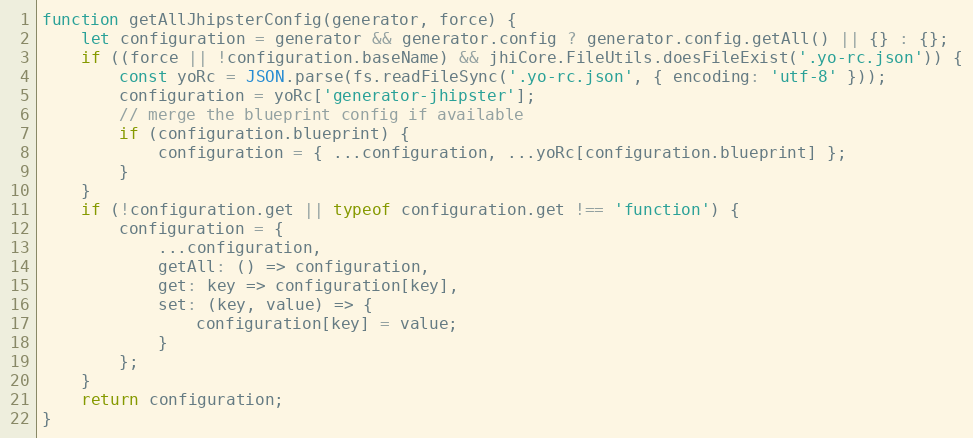
Language: JavaScript
function getAllJhipsterConfig(generator, force) {
    let configuration = generator && generator.config ? generator.config.getAll() || {} : {};
    if ((force || !configuration.baseName) && jhiCore.FileUtils.doesFileExist('.yo-rc.json')) {
        const yoRc = JSON.parse(fs.readFileSync('.yo-rc.json', { encoding: 'utf-8' }));
        configuration = yoRc['generator-jhipster'];
        // merge the blueprint config if available
        if (configuration.blueprint) {
            configuration = { ...configuration, ...yoRc[configuration.blueprint] };
        }
    }
    if (!configuration.get || typeof configuration.get !== 'function') {
        configuration = {
            ...configuration,
            getAll: () => configuration,
            get: key => configuration[key],
            set: (key, value) => {
                configuration[key] = value;
            }
        };
    }
    return configuration;
}